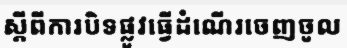
ស្តីពីការបិទផ្លូវធ្វើដំណើរចេញចូល